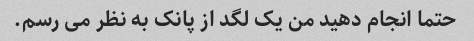
حتما انجام دهید من یک لگد از پانک به نظر می رسم.